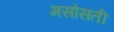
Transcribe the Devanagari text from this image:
मसोसती